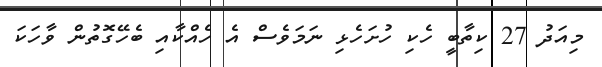
މިއަދު 27 ކިތާބީ ހެކި ހުށަހެޅި ނަމަވެސް އެ ހެއްކާއި ބެހޭގޮތުން ވާހަކަ